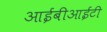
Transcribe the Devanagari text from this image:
आईबीआईटी